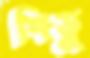
শিভু